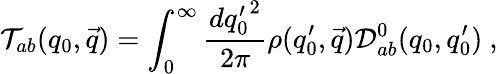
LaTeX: {\cal T}_{ab}(q_{0},\vec{q})=\int_{0}^{\infty}\frac{d{q_{0}^{\prime}}^{2}}{2\pi}\rho(q_{0}^{\prime},\vec{q}){\cal D}_{ab}^{0}(q_{0},q_{0}^{\prime})~,